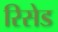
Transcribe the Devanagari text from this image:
रिसेड